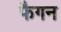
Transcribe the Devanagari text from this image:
फैगन